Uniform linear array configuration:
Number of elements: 12
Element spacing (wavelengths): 0.25
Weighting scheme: cosine
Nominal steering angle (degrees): -30
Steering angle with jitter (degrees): -30.299
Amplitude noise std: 0.05
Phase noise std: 0.05

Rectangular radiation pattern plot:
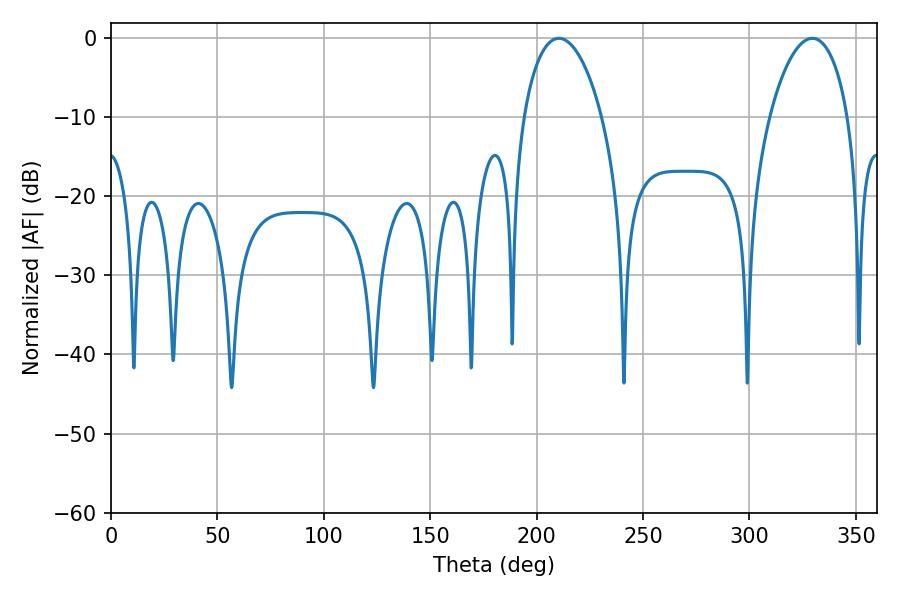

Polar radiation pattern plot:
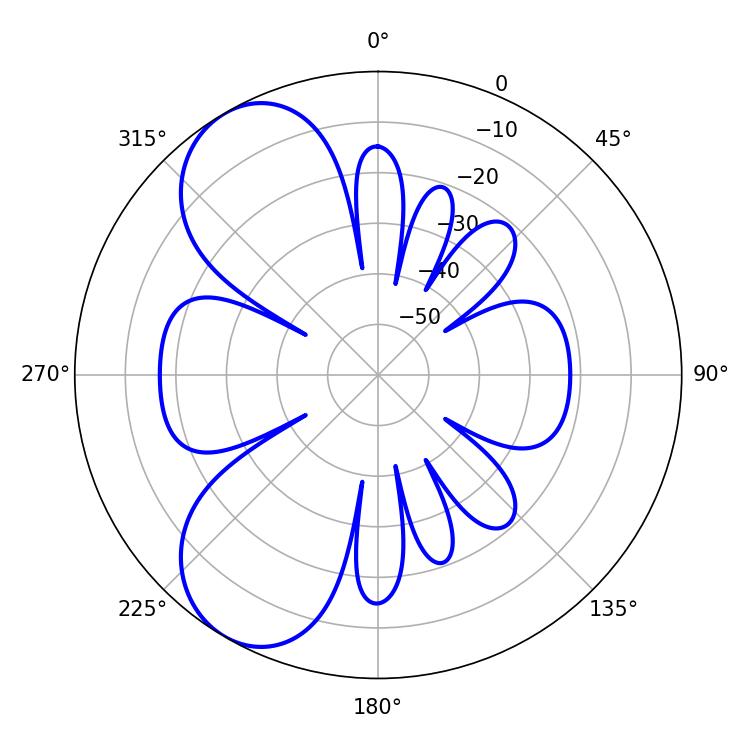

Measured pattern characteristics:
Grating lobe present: FALSE
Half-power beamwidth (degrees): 21.06
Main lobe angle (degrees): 210.42